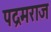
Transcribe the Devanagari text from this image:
पद्रमराज